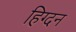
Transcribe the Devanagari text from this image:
हिग्दन